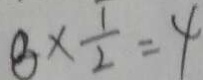
8 \times \frac { 1 } { 2 } = 4